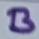
Text: B